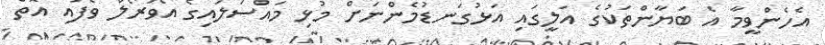
އެހެންވީމާ އެ ބަޔާންތަކުގެ އަލީގައި އަޅުގަނޑުމެންނަށް މުޅި މައްސަލައިގެ އޯވަރޯލް ވެފައި އޮތް